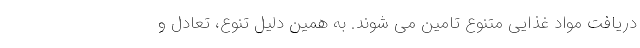
دریافت مواد غذایی متنوع تامین می شوند. به همین دلیل تنوع، تعادل و